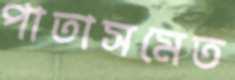
পাতাসমেত